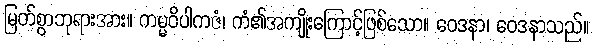
မြတ်စွာဘုရားအား။ ကမ္မဝိပါကဇံ၊ ကံ၏အကျိုးကြောင့်ဖြစ်သော။ ဝေဒနာ၊ ဝေဒနာသည်။